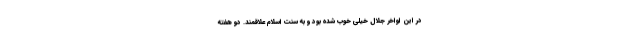
در این اواخر جلال خیلی خوب شده بود و به سنت اسلام علاقمند. دو هفته